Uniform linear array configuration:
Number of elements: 64
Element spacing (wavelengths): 1
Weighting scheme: uniform
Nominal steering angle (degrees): -45
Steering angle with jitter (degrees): -46.964
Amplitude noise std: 0.05
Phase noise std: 0.05

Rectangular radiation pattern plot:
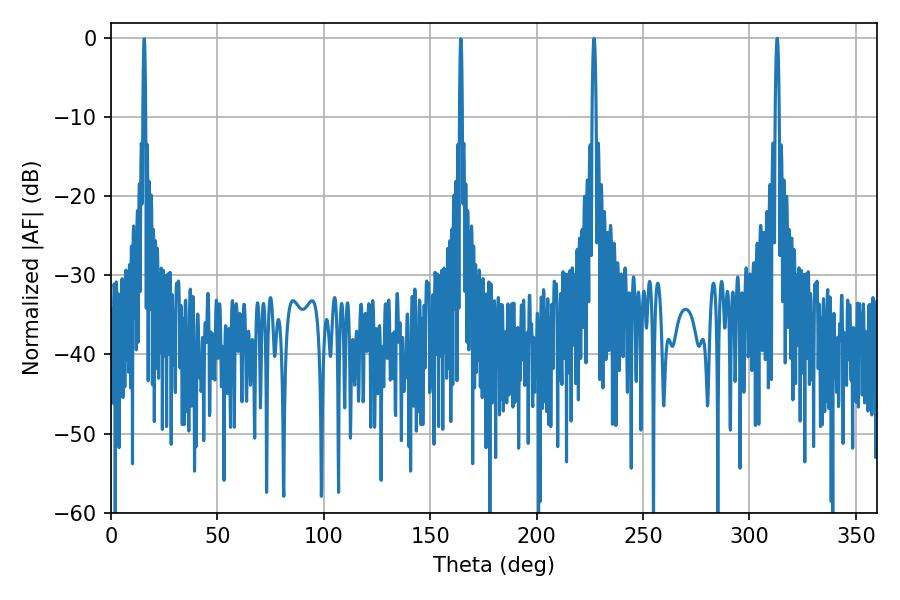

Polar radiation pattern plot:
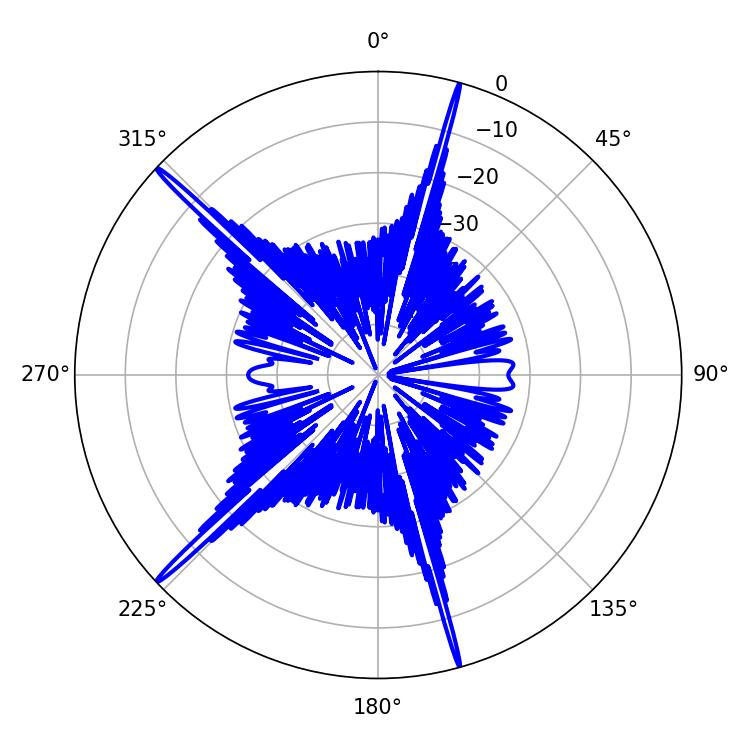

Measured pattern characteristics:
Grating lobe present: TRUE
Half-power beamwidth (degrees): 1.08
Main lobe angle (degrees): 226.98